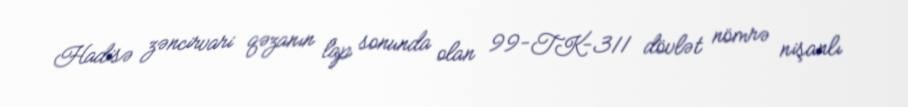
Hadisə zəncirvari qəzanın lap sonunda olan 99-TK-311 dövlət nömrə nişanlı